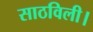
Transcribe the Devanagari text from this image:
साठविली।